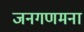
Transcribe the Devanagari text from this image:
जनगणमना